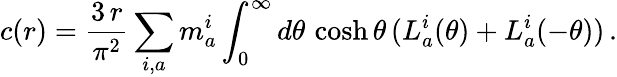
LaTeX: c(r)=\frac{3\, r}{\pi^{2}}\sum_{i,a}m_{a}^{i}\int_{0}^{\infty}d\theta\, \cosh\theta\, (L_{a}^{i}(\theta)+L_{a}^{i}(-\theta))\, .